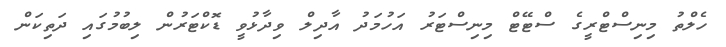
ހެލްތު މިނިސްޓްރީގެ ސްޓޭޓް މިނިސްޓަރު އަހުމަދު އާދިލް ވިދާޅުވީ ޑޮކްޓަރުން ލިބުމުގައި ދަތިކަން